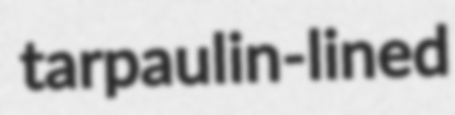
tarpaulin-lined